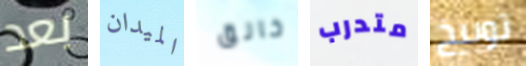
بعد الميدان خانق متدرب توبيخ